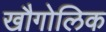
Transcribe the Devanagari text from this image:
खौगोलिक